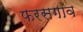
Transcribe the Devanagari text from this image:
फरसगांव